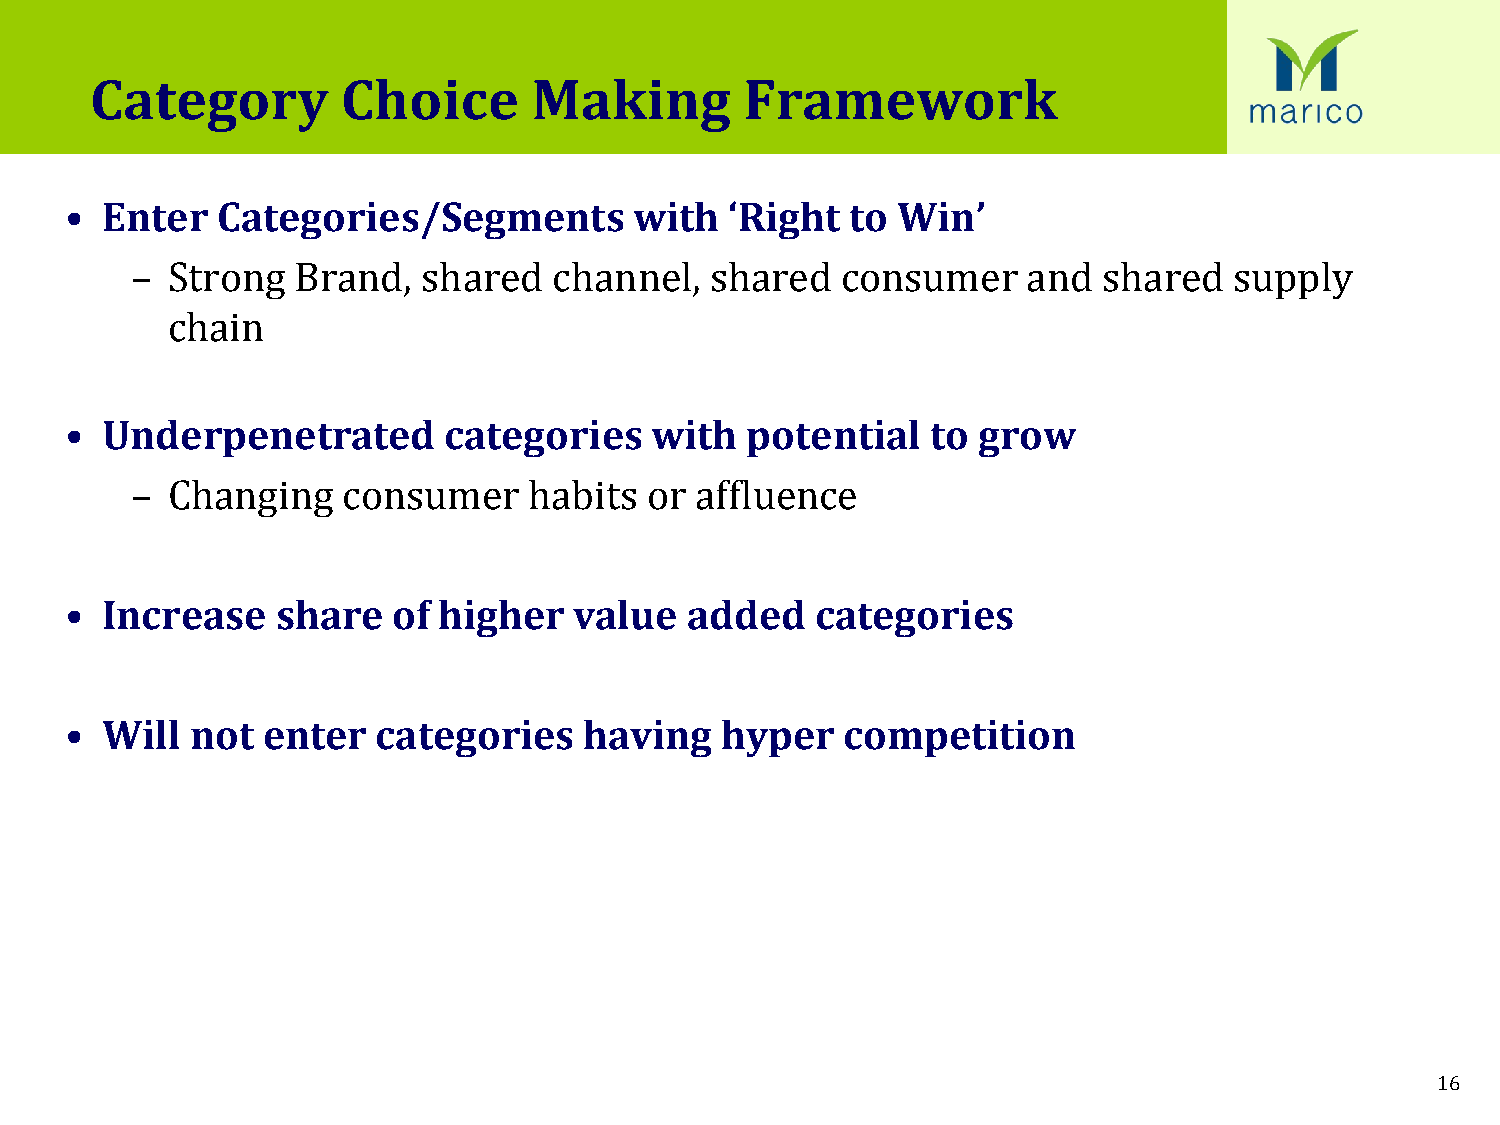
Category         Choice      Making        Framework
 •  Enter  Categories/Segments         with  ‘Right  to Win’
 – Strong  Brand,   shared   channel,  shared   consumer    and  shared   supply
 chain
 •  Underpenetrated       categories    with  potential    to grow
 – Changing    consumer    habits  or affluence
 •  Increase   share   of higher   value  added    categories
 •  Will  not enter   categories    having   hyper   competition
 16